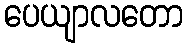
ပေယျာလတော